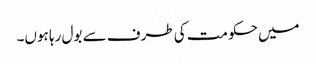
میں حکومت کی طرف سے بول رہا ہوں۔